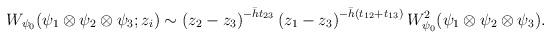
LaTeX: \begin{align*}W_{\psi_{0}}(\psi_{1}\otimes\psi_{2}\otimes\psi_{3}; z_{i})\sim \left(z_{2}-z_{3}\right)^{-\bar{h} t_{23}}\left(z_{1}-z_{3}\right)^{-\bar{h}(t_{12}+t_{13})}W_{\psi_{0}}^{2}(\psi_{1}\otimes\psi_{2}\otimes\psi_{3}).\end{align*}